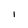
Character: I